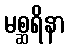
မစ္ဆရိနာ